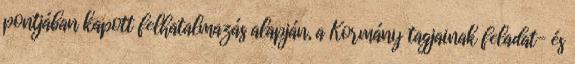
pontjában kapott felhatalmazás alapján, a Kormány tagjainak feladat- és